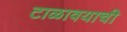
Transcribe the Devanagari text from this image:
टाळावयाची